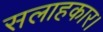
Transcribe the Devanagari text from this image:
सलाहकार।